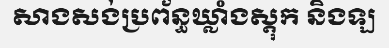
សាងសង់ប្រព័ន្ធឃ្លាំងស្តុក និងឡ